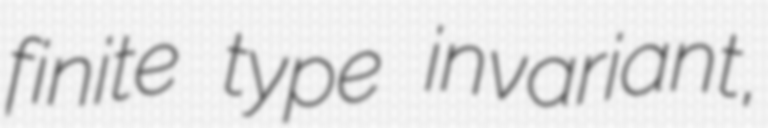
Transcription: finite type invariant,